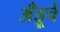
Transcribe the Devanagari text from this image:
अँड्रूचे